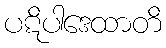
ပဋိပါဒေထာတိ